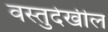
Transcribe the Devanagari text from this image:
वस्तुदेखील